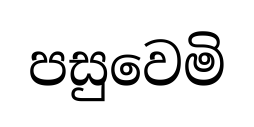
පසුවෙමි